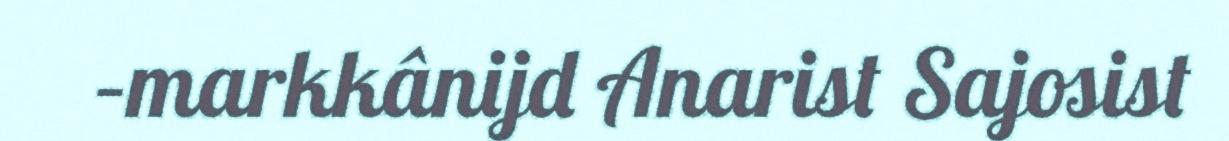
–markkânijd Anarist Sajosist